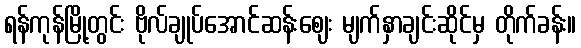
ရန်ကုန်မြို့တွင်း ဗိုလ်ချုပ်အောင်ဆန်းဈေး မျက်နှာချင်းဆိုင်မှ တိုက်ခန်း။